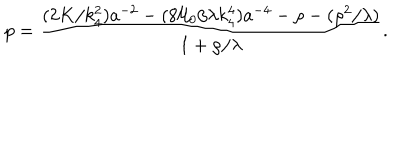
p = \frac { ( 2 K / k _ { 4 } ^ { 2 } ) a ^ { - 2 } - ( 8 { \cal U } _ { 0 } / \lambda k _ { 4 } ^ { 4 } ) a ^ { - 4 } - \rho - ( \rho ^ { 2 } / \lambda ) } { 1 + \rho / \lambda } .